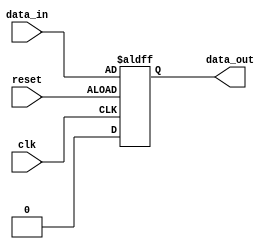
module edge_latch(
    input wire clk,      // clock signal
    input wire reset,    // reset signal
    input wire data_in,  // input data signal
    output reg data_out  // output data signal
);

always @(posedge clk or negedge reset) begin
    if (reset) begin
        data_out <= 1'b0;  // reset the latch
    end else begin
        data_out <= data_in;  // latch the input data on clock edge
    end
end

endmodule